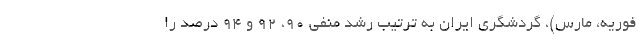
فوریه، مارس)، گردشگری ایران به ترتیب رشد منفی ۹۰، ۹۲ و ۹۴ درصد را